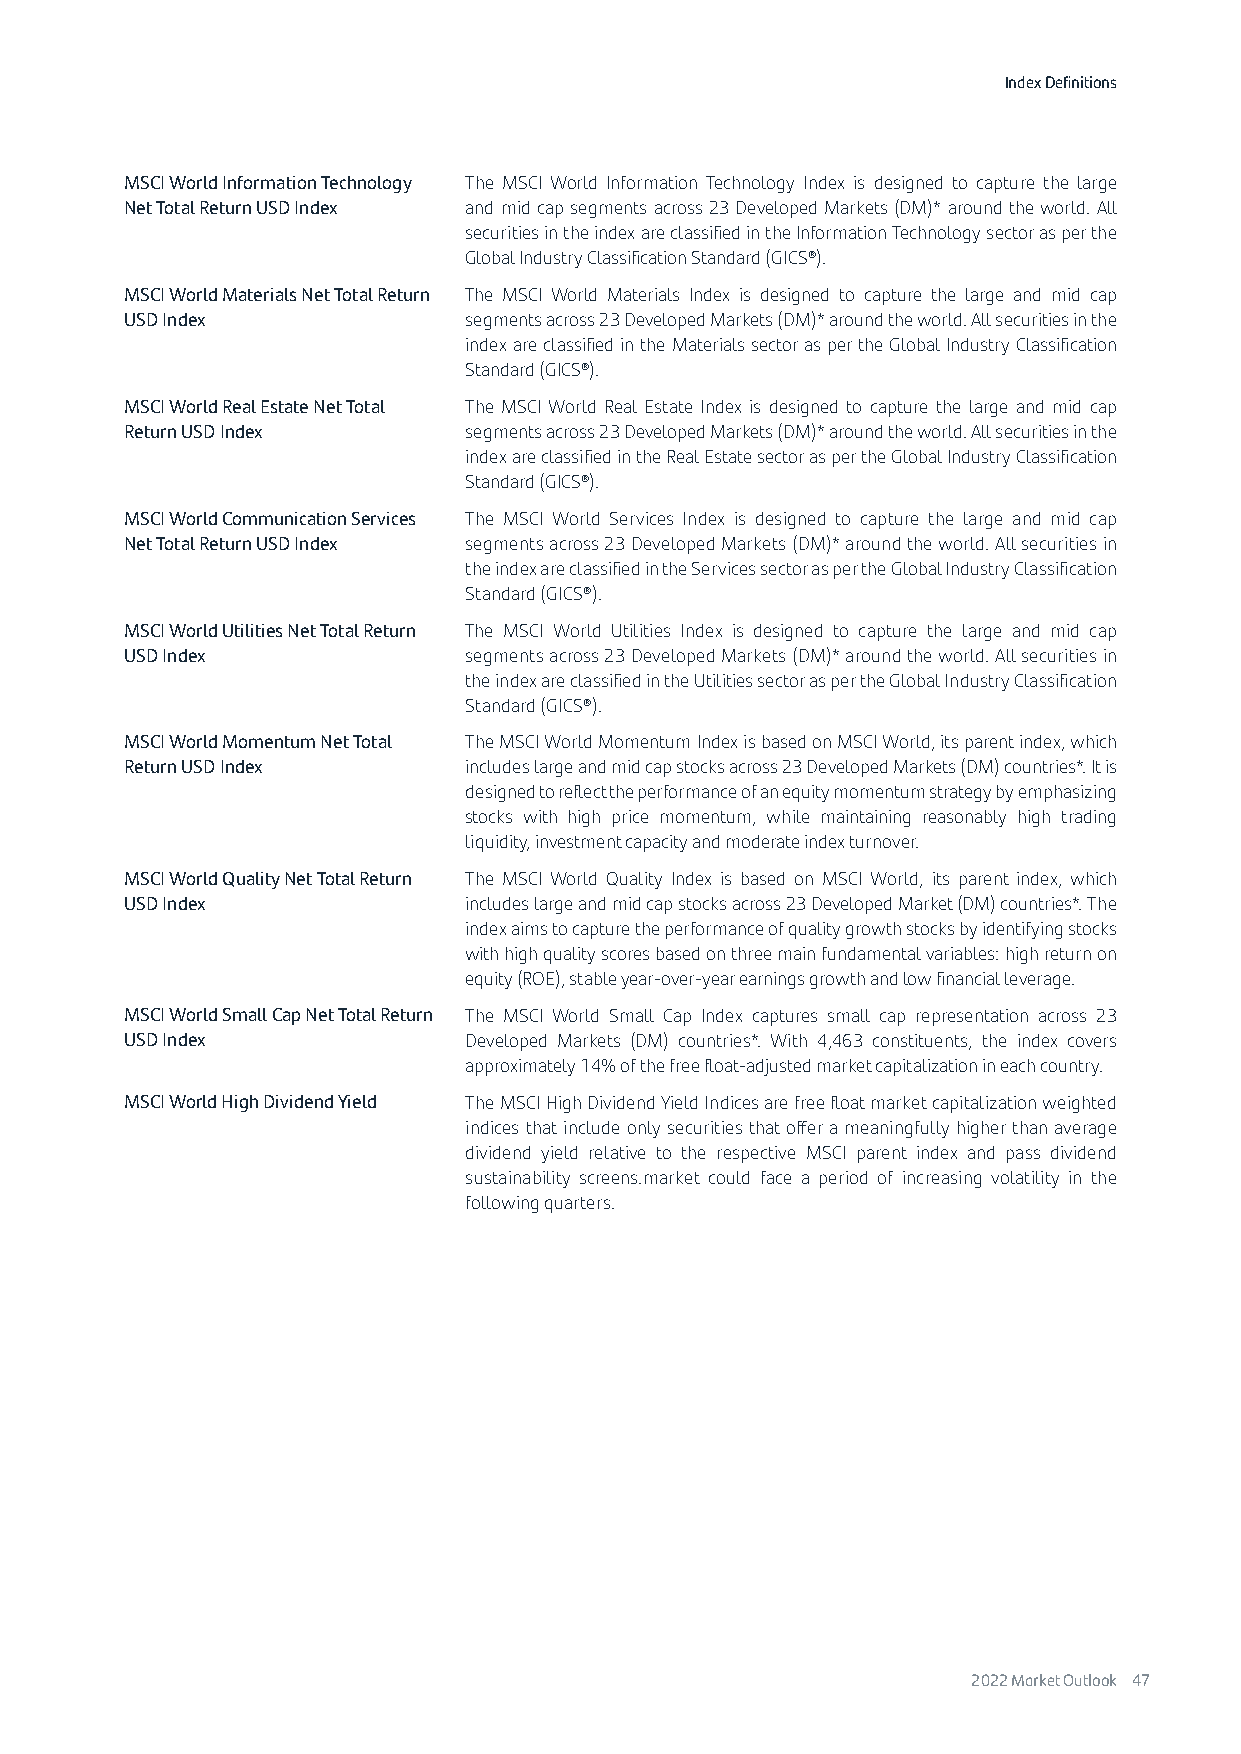
Index Definitions
 MSCI World Information Technology The MSCI World Information Technology Index is designed to capture the large
 Net Total Return USD Index and mid cap segments across 23 Developed Markets (DM)* around the world. All
 securities in the index are classified in the Information Technology sector as per the
 Global Industry Classification Standard (GICS®).
 MSCI World Materials Net Total Return The MSCI World Materials Index is designed to capture the large and mid cap
 USD Index              segments across 23 Developed Markets (DM)* around the world. All securities in the
 index are classified in the Materials sector as per the Global Industry Classification
 Standard (GICS®).
 MSCI World Real Estate Net Total The MSCI World Real Estate Index is designed to capture the large and mid cap
 Return USD Index       segments across 23 Developed Markets (DM)* around the world. All securities in the
 index are classified in the Real Estate sector as per the Global Industry Classification
 Standard (GICS®).
 MSCI World Communication Services The MSCI World Services Index is designed to capture the large and mid cap
 Net Total Return USD Index segments across 23 Developed Markets (DM)* around the world. All securities in
 the index are classified in the Services sector as per the Global Industry Classification
 Standard (GICS®).
 MSCI World Utilities Net Total Return The MSCI World Utilities Index is designed to capture the large and mid cap
 USD Index              segments across 23 Developed Markets (DM)* around the world. All securities in
 the index are classified in the Utilities sector as per the Global Industry Classification
 Standard (GICS®).
 MSCI World Momentum Net Total The MSCI World Momentum Index is based on MSCI World, its parent index, which
 Return USD Index       includes large and mid cap stocks across 23 Developed Markets (DM) countries*. It is
 designed to reflect the performance of an equity momentum strategy by emphasizing
 stocks with high price momentum, while maintaining reasonably high trading
 liquidity, investment capacity and moderate index turnover.
 MSCI World Quality Net Total Return The MSCI World Quality Index is based on MSCI World, its parent index, which
 USD Index              includes large and mid cap stocks across 23 Developed Market (DM) countries*. The
 index aims to capture the performance of quality growth stocks by identifying stocks
 with high quality scores based on three main fundamental variables: high return on
 equity (ROE), stable year-over-year earnings growth and low financial leverage.
 MSCI World Small Cap Net Total Return The MSCI World Small Cap Index captures small cap representation across 23
 USD Index              Developed Markets (DM) countries*. With 4,463 constituents, the index covers
 approximately 14% of the free float-adjusted market capitalization in each country.
 MSCI World High Dividend Yield The MSCI High Dividend Yield Indices are free float market capitalization weighted
 indices that include only securities that offer a meaningfully higher than average
 dividend yield relative to the respective MSCI parent index and pass dividend
 sustainability screens.market could face a period of increasing volatility in the
 following quarters.
 2022 Market Outlook 47